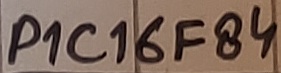
Text: P1C16F84